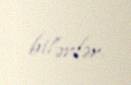
bilərlər.